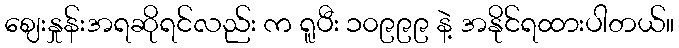
ဈေးနှုန်းအရဆိုရင်လည်း က ရူပီး ၁၀၉၉၉ နဲ့ အနိုင်ရထားပါတယ်။